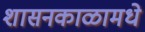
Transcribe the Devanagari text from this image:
शासनकाळामधे